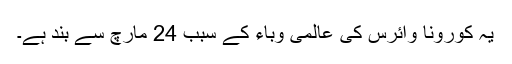
یہ کورونا وائرس کی عالمی وباء کے سبب 24 مارچ سے بند ہے۔